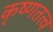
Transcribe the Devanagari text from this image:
कृष्णतत्व